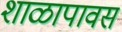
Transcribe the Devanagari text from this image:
शाळापावस